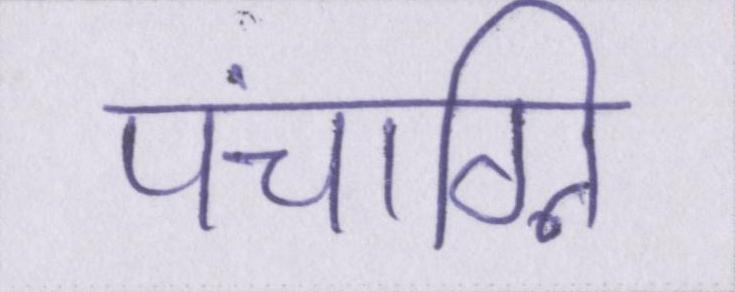
पंचाग्नि